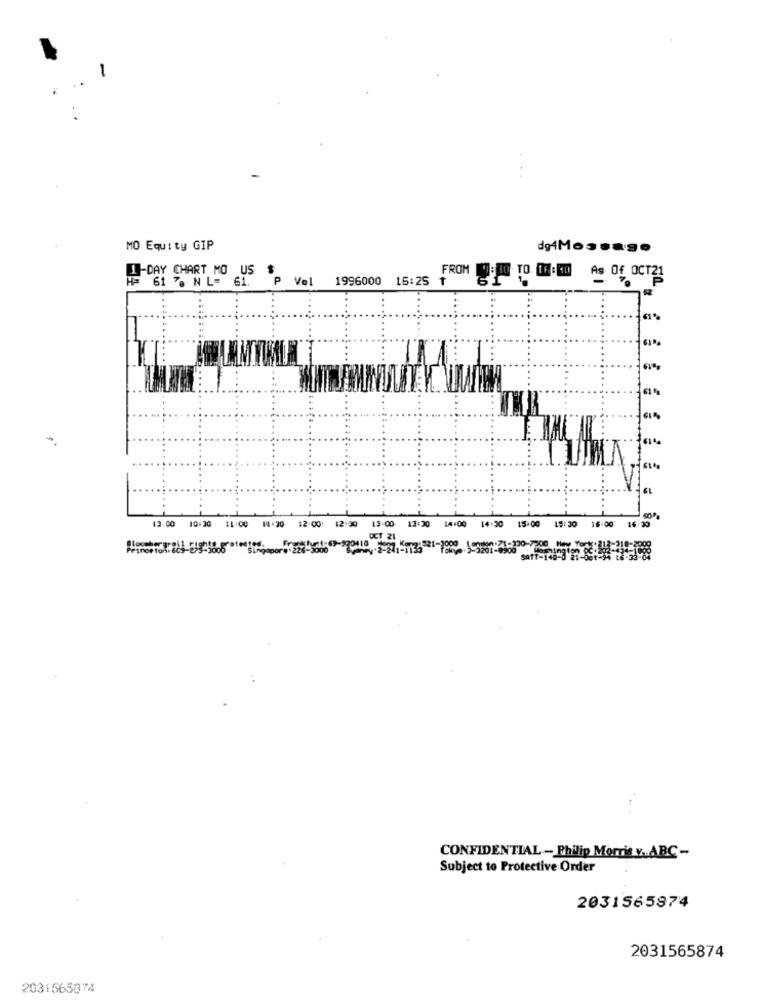
MO Equity GIP
H= 61 70 NL= 61. P Vol 1996000 16:25 1
4-DAY CHART MO US
FROM [CIG TO 18:40 As Of OCT21
-
12:00 10.30 11:00 18.30 12:00: 12:30 13:00 13:30 14:00 14:30 15:00 19:30 16:00: 16:30
OCT 21
jenny 2-37, 473 821-7000 Jongen: 21-230-7:00 Hay Ford
CONFIDENTIAL - Philip Morris v .. ABC -
Subject to Protective Order
2031565874
2031565874
2031565874